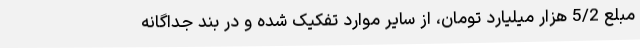
مبلع 5/2 هزار میلیارد تومان، از سایر موارد تفکیک شده و در بند جداگانه